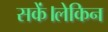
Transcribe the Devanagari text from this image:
सकें।लेकिन